Report on vaccination in Madras 1895-1903 - 1895-1903
Year: 1895
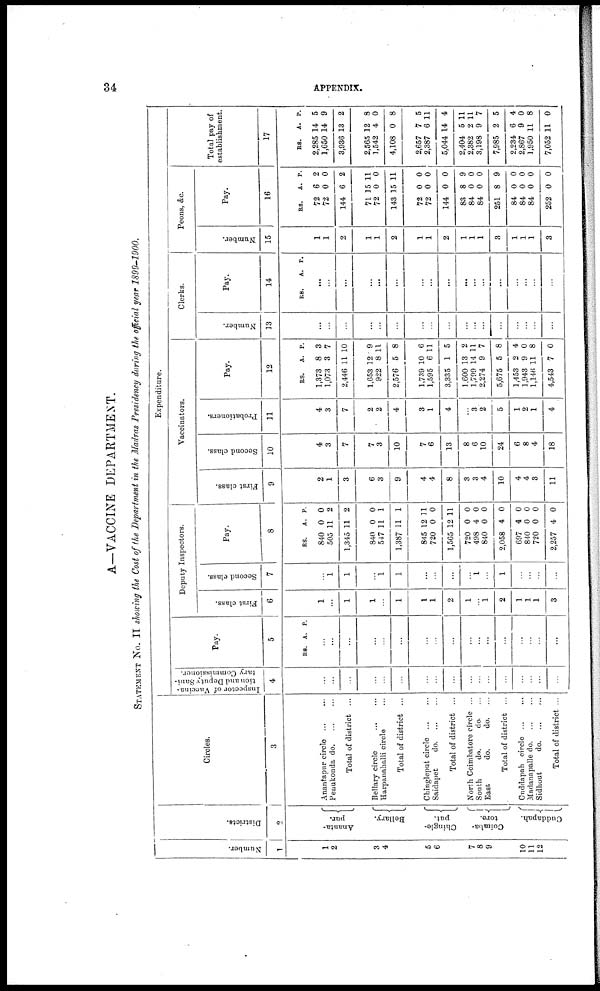
34
APPENDIX.
A—VACCINE DEPARTMENT.
STATEMENT No. II showing the Cost of the Department in the Madras Presidency during the official year 1899-1900.
Number.
1
1
2
3
4
5
6
7
8
9
10
11
12
Districts.
2
Ananta¬
pur.
Bellary.
Chingle¬
put.
Coimba¬
tore.
Cuddapah.
Circles.
3
Anantapur circle
...
...
Penukonda d
o
. ... ...
Total of district ...
Bellary circle
...
...
Harpanahalli circle ...
Total of district ...
Chingleput circle
...
...
Saidapet
d
o
. ... ...
Total of district ...
North Coimbatore circle ...
South
do.
do. ...
East
do.
do. ...
Total of district ...
Cuddapah circle
...
...
Madanapalle do. ......
Sidhout
do . ... ...
Total of district ...
Expenditure.
Inspector of Vaccina-
tion and Deputy Sani-
tary Commissioner.
4
...
...
...
...
...
...
...
...
...
...
...
...
...
...
...
...
...
Pay.
5
RS. A. P.
...
...
...
...
...
...
...
...
...
...
...
...
...
...
...
...
...
Deputy Inspectors.
First class.
6
...
...
...
...
...
...
...
...
...
1
...
...
...
...
...
...
3
Second class.
7
...
1
1
...
1
1
...
...
...
...
1
...
1
...
...
...
...
Pay.
8
RS.
840
505
1,345
840
547
1,387
845
720
1,565
720
498
840
2,058
697
840
720
2,257
A.
0
11
11
0
11
11
12
0
12
0
4
0
4
4
0
0
4
P.
0
2
2
0
1
1
11
0
11
0
0
0
0
0
0
0
0
Vaccinators.
First class.
9
2
1
3
6
3
9
4
4
8
3
3
4
10
4
4
3
11
Second class.
10
4
3
7
7
3
10
7
6
13
8
6
10
24
6
8
4
18
Probationers.
11
4
3
7
2
2
4
3
1
4
...
3
2
5
1
2
1
4
Pay.
12
RS.
1,373
1,073
2,446
1,653
922
2,576
1,739
1,595
3,335
1,600
1,799
2,274
5,675
1,453
1,943
1,146
4,543
A.
8
3
11
12
8
5
10
6
1
13
14
9
5
2
9
11
7
P.
3
7
10
9
11
8
6
11
5
2
11
7
8
4
0
8
0
Clerks.
Number.
13
...
...
...
...
...
...
...
...
...
...
...
...
...
...
...
...
...
Pay.
14
RS.
A. P.
...
...
...
...
...
...
...
...
...
...
...
...
...
...
...
...
...
Peons, &c.
Number.
15
1
1
2
1
1
2
1
1
2
1
1
1
3
1
1
1
3
Pay.
16
RS.
72
72
144
71
72
143
72
72
144
83
84
84
251
84
84
84
252
A.
6
0
6
15
0
15
0
0
0
8
0
0
8
0
0
0
0
P.
2
0
2
11
0
11
0
0
0
9
0
0
9
0
0
0
0
Total pay of
establishment.
17
RS.
2,285
1,650
3,936
2,565
1,542
4,108
2,657
2,387
5,044
2,404
2,382
3,198
7,985
2,234
2,867
1,950
7,052
A.
14
14
13
12
4
0
7
6
14
5
2
9
2
6
9
11
11
P.
5
9
2
8
0
8
5
11
4
11
11
7
5
4
0
8
0